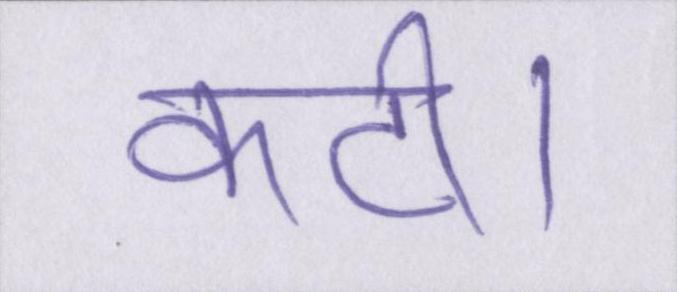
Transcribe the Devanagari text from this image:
कटी।